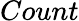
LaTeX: Count